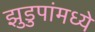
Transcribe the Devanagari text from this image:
झुडुपांमध्ये